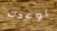
اوعدك